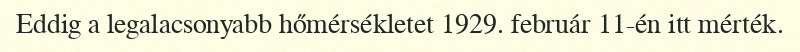
Eddig a legalacsonyabb hőmérsékletet 1929. február 11-én itt mérték.